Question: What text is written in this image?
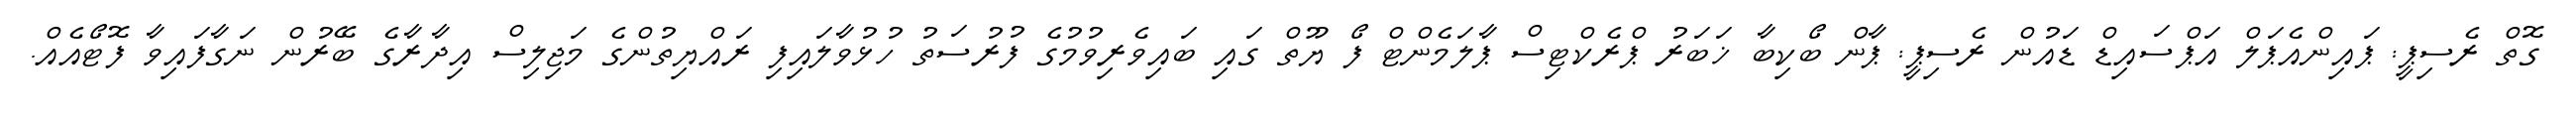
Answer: ގޮތް ރެސިޕީ: ޕައިންއެޕަލް އަޕްސައިޑް ޑައުން ރެސިޕީ: ޕާން ބޯކިބާ ޚަބަރު ޕްރެކްޓިސް ޕާލަމެންޓް ފޯ ޔޫތް ގައި ބައިވެރިވުމުގެ ފުރުސަތު ހުޅުވާލައިފި ރައްޔިތުންގެ މަޖިލިސް އިދާރާގެ ބޭރުން ނަގާފައިވާ ފޮޓޯއެއް.